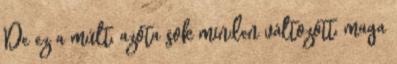
De ez a múlt, azóta sok minden változott, maga